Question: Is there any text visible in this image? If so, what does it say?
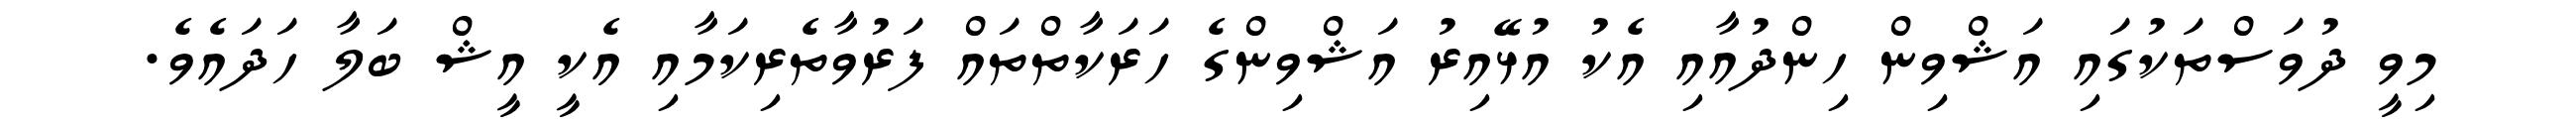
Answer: މިވީ ދުވަސްތަކުގައި އަޝްވިން ހިންދުއާއި އެކު އުޅޭއިރު އަޝްވިންގެ ހަރަކާތްތައް ފަރުވާތެރިކަމާއި އެކީ އީޝް ބަލާ ހަދައެވެ.